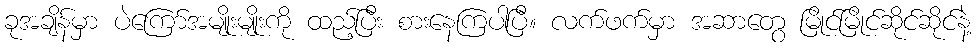
ခုအချိန်မှာ ပဲကြော်အမျိုးမျိုးကို ထည့်ပြီး စားနေကြပါပြီ။ လက်ဖက်မှာ အဆာတွေ မြိုင်မြိုင်ဆိုင်ဆိုင်နဲ့